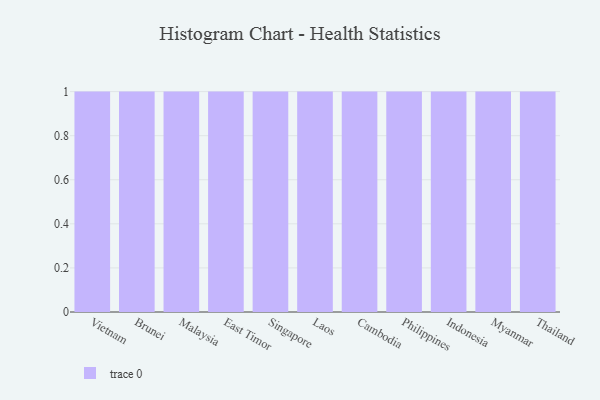
{"axis": {"x": "Country", "y": "Satisfaction Score"}, "legend": [""], "data": [{"x": "Vietnam", "y": 13, "type": ""}, {"x": "Brunei", "y": 87, "type": ""}, {"x": "Malaysia", "y": 66, "type": ""}, {"x": "East Timor", "y": 18, "type": ""}, {"x": "Singapore", "y": 47, "type": ""}, {"x": "Laos", "y": 14, "type": ""}, {"x": "Cambodia", "y": 89, "type": ""}, {"x": "Philippines", "y": 2, "type": ""}, {"x": "Indonesia", "y": 28, "type": ""}, {"x": "Myanmar", "y": 34, "type": ""}, {"x": "Thailand", "y": 32, "type": ""}]}